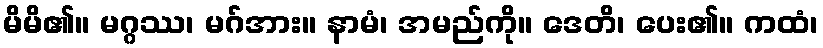
မိမိ၏။ မဂ္ဂဿ၊ မဂ်အား။ နာမံ၊ အမည်ကို။ ဒေတိ၊ ပေး၏။ ကထံ၊